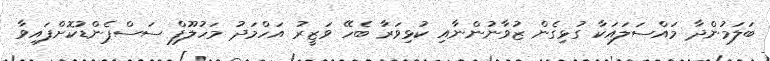
ބަލަމުންދާ މައްސަލައަކާ ގުޅިގެން ޒުވާނުންނާއި ކުޅިވަރާ ބެހޭ ވަޒީރު އަހްމަދު މަހުލޫފް ސަސްޕެންޑުކޮށްފައިވާ